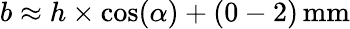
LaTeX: b\approx h\times\cos(\alpha)+(0-2)\, \mathrm{mm}